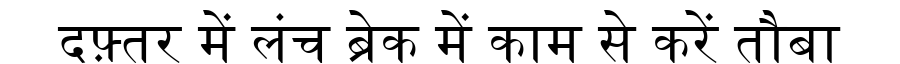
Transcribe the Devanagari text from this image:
दफ़्तर में लंच ब्रेक में काम से करें तौबा